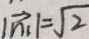
\vert \overrightarrow { n _ { 1 } } \vert = \sqrt { 2 }